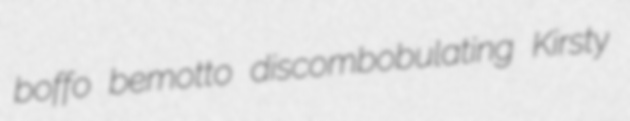
boffo bemotto discombobulating Kirsty